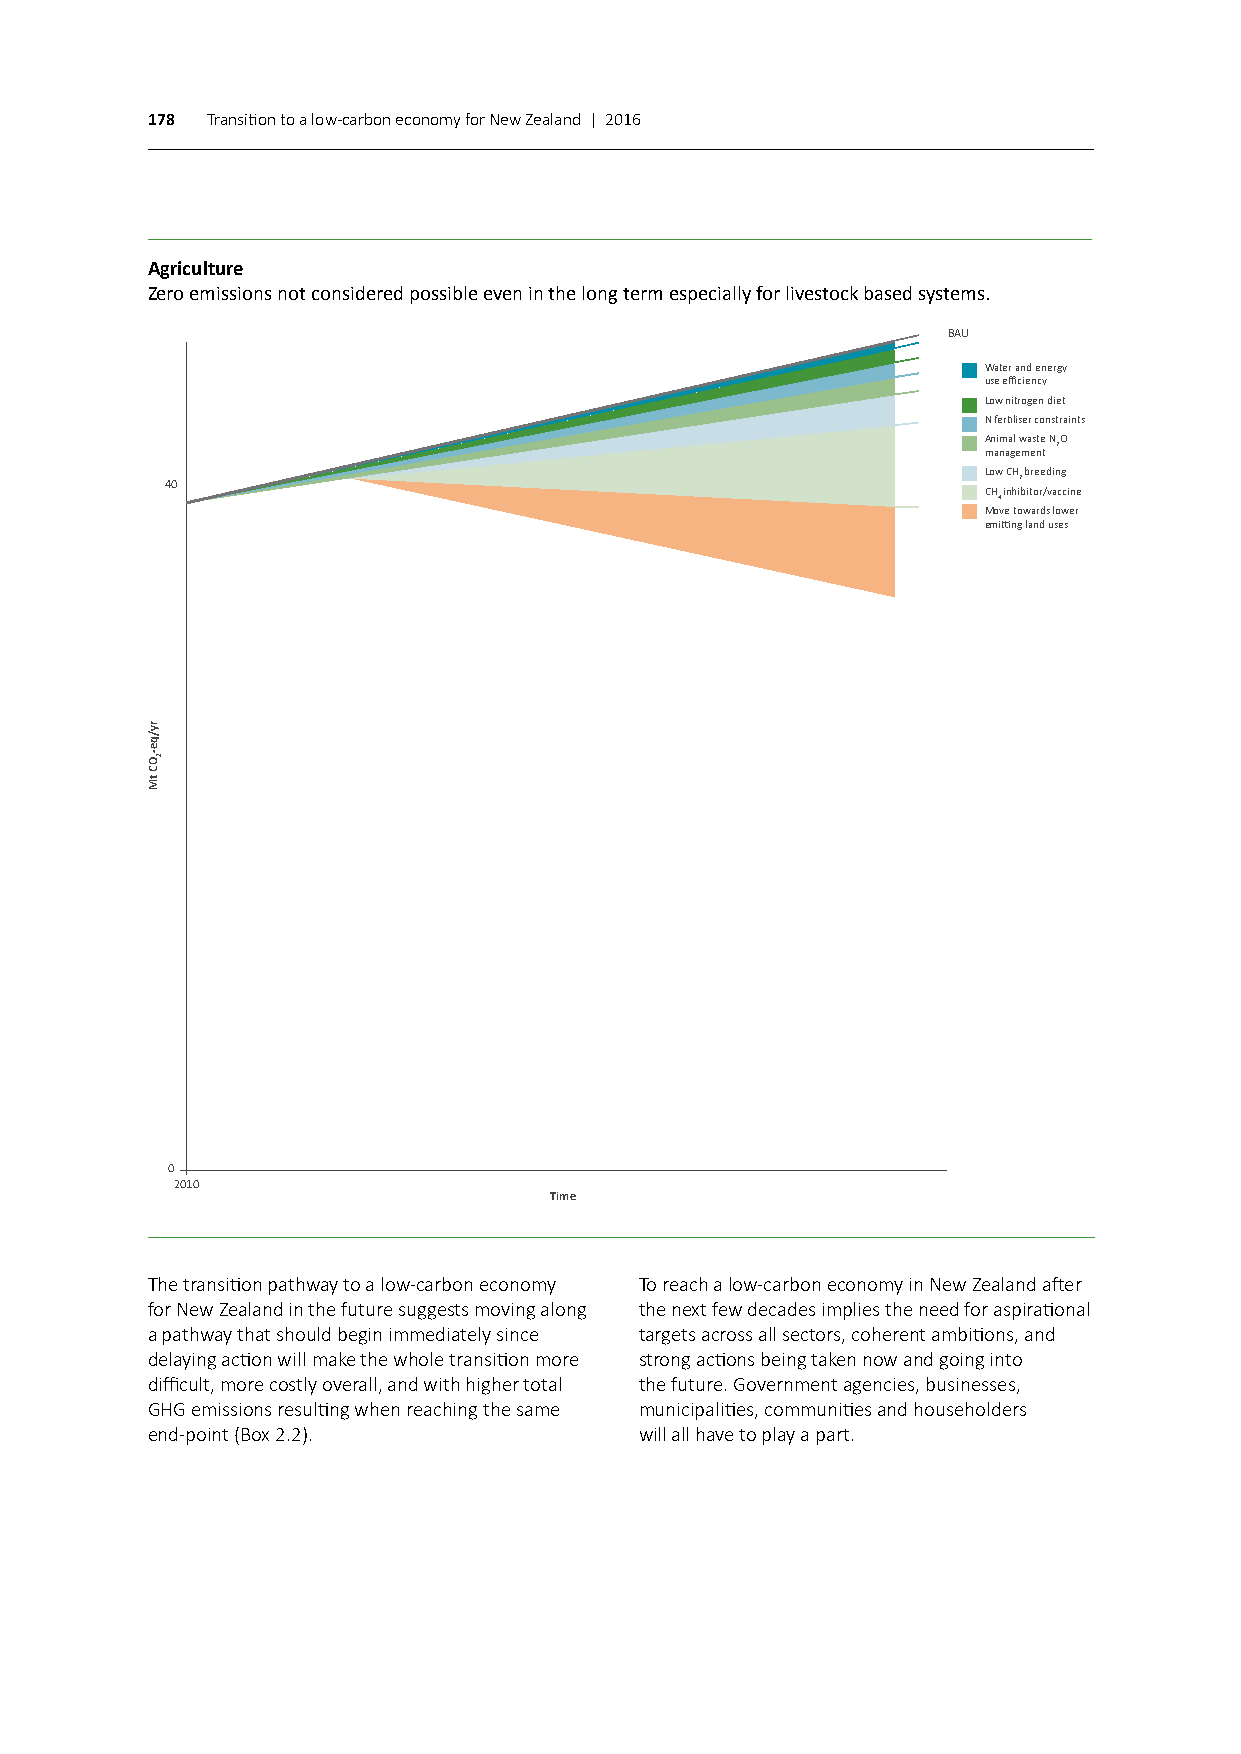
178 Transition to a low-carbon economy for New Zealand | 2016
 Agriculture
 Zero emissions not considered possible even in the long term especially for livestock based systems.
 BAU
 Water and energy
 use efficiency
 Low nitrogen diet
 N fertiliser constraints
 Animal waste NO
 management 2
 Low CH breeding
 40                                                      2
 CH inhibitor/vaccine
 4
 Move towards lower
 emitting land uses
 0
 2010
 Time
 The transition pathway to a low-carbon economy To reach a low-carbon economy in New Zealand after
 for New Zealand in the future suggests moving along the next few decades implies the need for aspirational
 a pathway that should begin immediately since targets across all sectors, coherent ambitions, and
 delaying action will make the whole transition more strong actions being taken now and going into
 difficult, more costly overall, and with higher total the future. Government agencies, businesses,
 GHG emissions resulting when reaching the same municipalities, communities and householders
 end-point (Box 2.2).            will all have to play a part.
 ry/qe-OC
 tM
 2